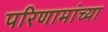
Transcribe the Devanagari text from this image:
परिणामांच्या